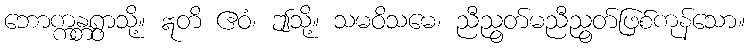
ဘောက္ကန္တရွာသို့။ ဣတိ ဧဝံ၊ ဤသို့။ သမဝိသမေ၊ ညီညွတ်မညီညွတ်ဖြစ်ကုန်သော။